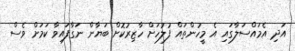
އަދި އެމައްސަލާގައި އެ މީހުންތައް ފުލުހަށް ހާޒިރުކޮށް ބަޔާން ނަގާފައިވާ ކަމަށް ވެސް